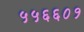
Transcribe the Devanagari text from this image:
५५६६०१